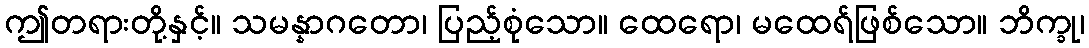
ဤတရားတို့နှင့်။ သမန္နာဂတော၊ ပြည့်စုံသော။ ထေရော၊ မထေရ်ဖြစ်သော။ ဘိက္ခု၊